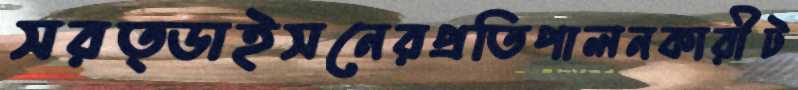
সরত্ডাইসনেরপ্রতিপালনকারীট